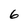
Character: 6